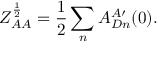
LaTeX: Z _ { A A } ^ { \frac { 1 } { 2 } } = \frac { 1 } { 2 } \sum _ { n } A _ { D n } ^ { A \prime } ( 0 ) .